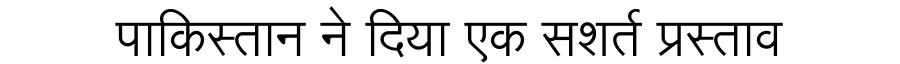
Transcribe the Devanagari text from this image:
पाकिस्तान ने दिया एक सशर्त प्रस्ताव